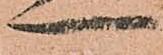
一